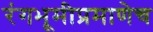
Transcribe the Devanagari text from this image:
रंगभूमीप्रमाणेच